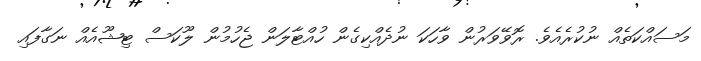
މަސައްކަތެއް ނުކުރެއެވެ. ރޮވޭވަރުން ވާހަކަ ނުދެއްކިގެން ހުއްޓާލަން ޖެހުމުން ލޫކަސް ޓިޝޫއެއް ނަގާފައި